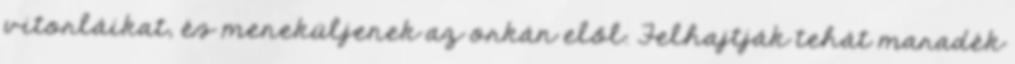
vitorláikat, és meneküljenek az orkán elől. Felhajtják tehát maradék